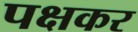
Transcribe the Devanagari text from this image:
पक्षकर